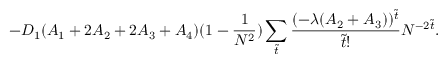
- D _ { 1 } ( A _ { 1 } + 2 A _ { 2 } + 2 A _ { 3 } + A _ { 4 } ) ( 1 - \frac { 1 } { N ^ { 2 } } ) \sum _ { \tilde { t } } \frac { ( - \lambda ( A _ { 2 } + A _ { 3 } ) ) ^ { \tilde { t } } } { \tilde { t } ! } N ^ { - 2 \tilde { t } } .